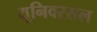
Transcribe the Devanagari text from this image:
यूनिवरसल